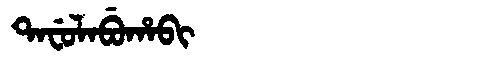
Manchu: ᡨᠠᠸᡠᠯᠠᠪᡠᡥᠠᠪᡳ
Romanization: TAFULABUHABI